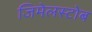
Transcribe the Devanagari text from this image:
जिमेलस्टोब